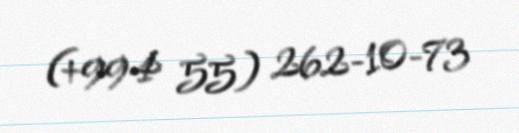
(+994 55) 262-10-73